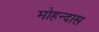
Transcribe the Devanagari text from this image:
मोहन्दास